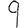
Digit: 9